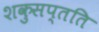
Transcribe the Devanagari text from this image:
शकुसप्तति